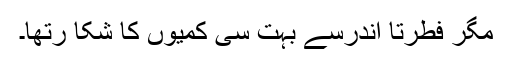
مگر فطرتاً اندرسے بہت سی کمیوں کا شکا رتھا۔